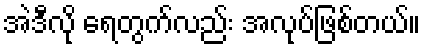
အဲဒီလို ရေတွက်လည်း အလုပ်ဖြစ်တယ်။